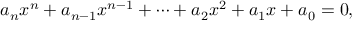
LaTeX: a _ { n } x ^ { n } + a _ { n - 1 } x ^ { n - 1 } + \dots + a _ { 2 } x ^ { 2 } + a _ { 1 } x + a _ { 0 } = 0 ,